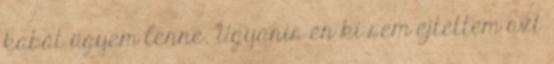
kabát ügyem lenne. Ugyanis én ki sem ejtettem azt